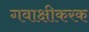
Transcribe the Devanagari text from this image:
गवाक्षीकरक